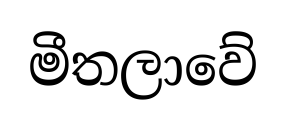
මීතලාවේ